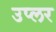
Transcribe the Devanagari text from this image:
उप्लर